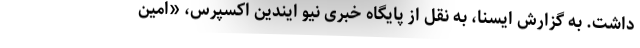
داشت. به گزارش ایسنا، به نقل از پایگاه خبری نیو ایندین اکسپرس، «امین